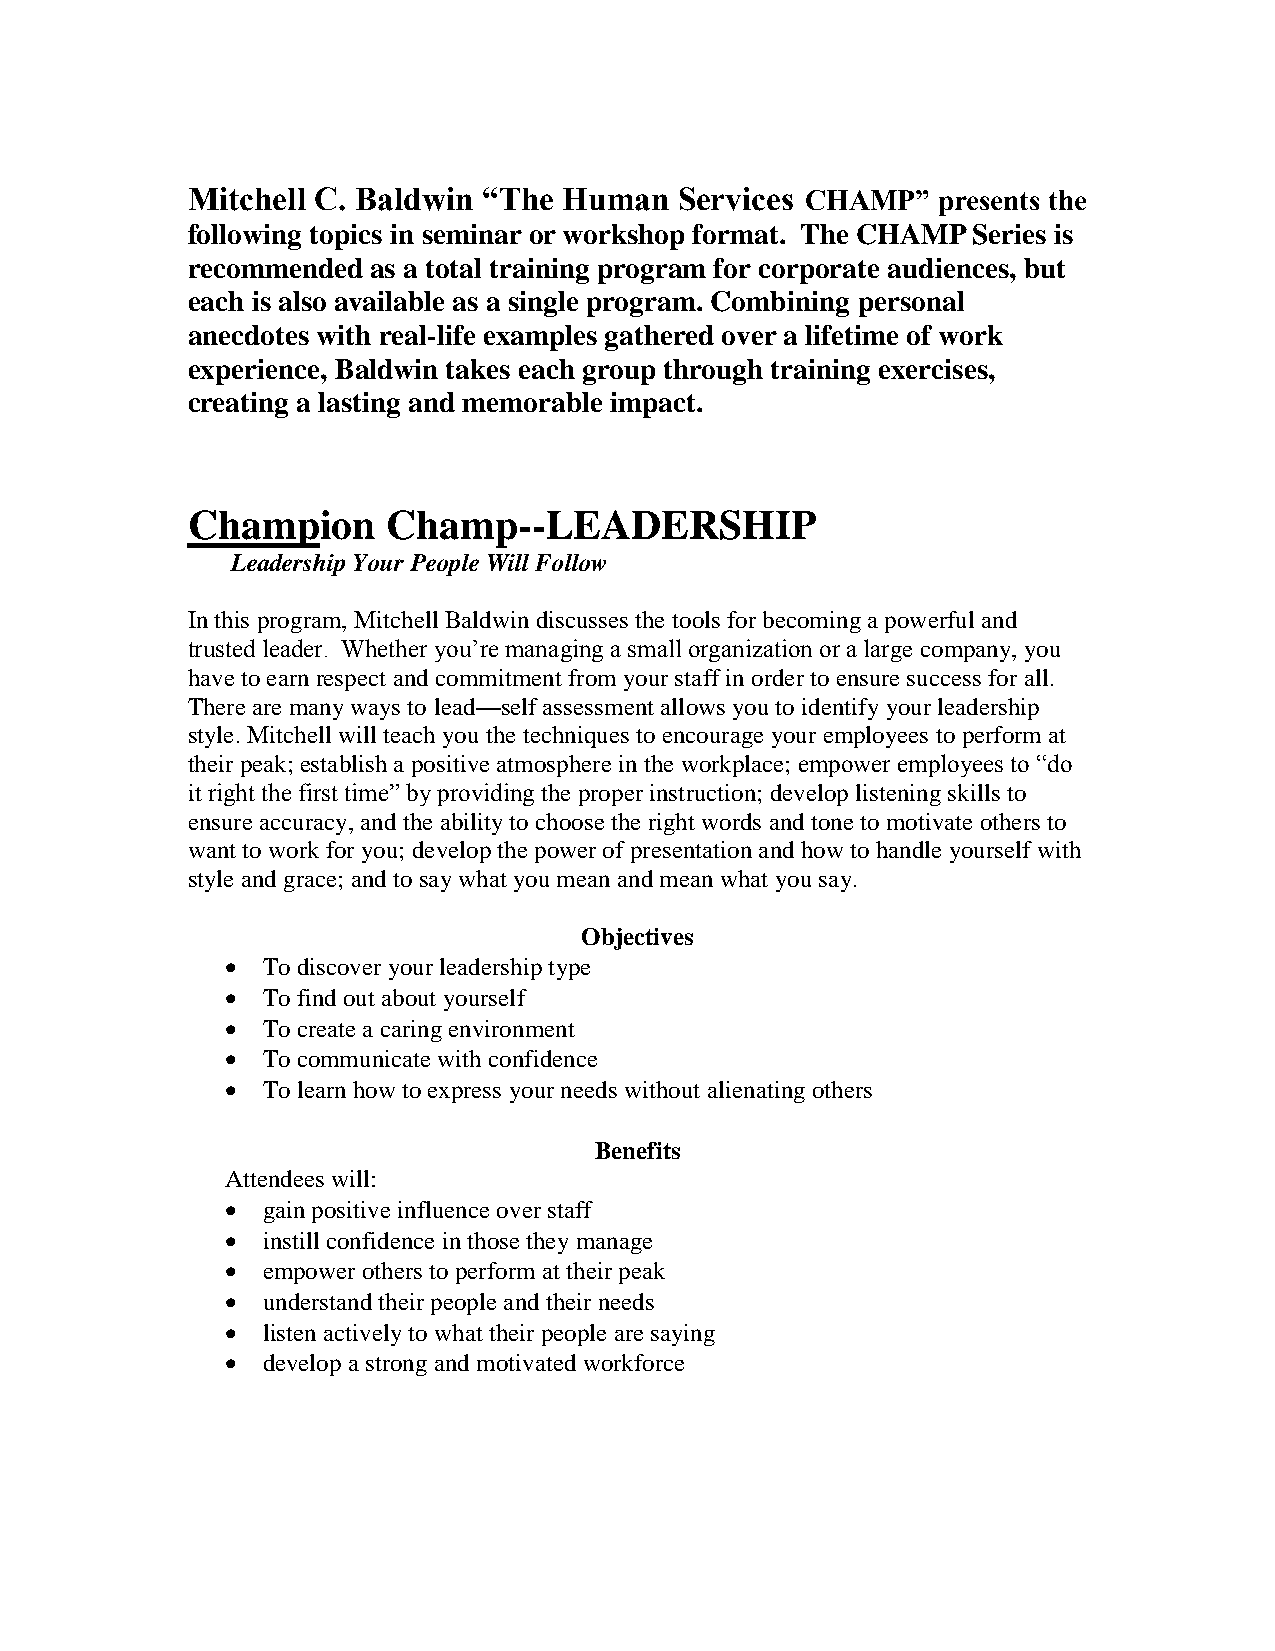
Mitchell C. Baldwin “The Human   Services CHAMP”  presents the
 following topics in seminar or workshop format. The CHAMP Series is
 recommended  as a total training program for corporate audiences, but
 each is also available as a single program. Combining personal
 anecdotes with real-life examples gathered over a lifetime of work
 experience, Baldwin takes each group through training exercises,
 creating a lasting and memorable impact.
 Champion      Champ--LEADERSHIP
 Leadership Your People Will Follow
 In this program, Mitchell Baldwin discusses the tools for becoming a powerful and
 trusted leader. Whether you’re managing a small organization or a large company, you
 have to earn respect and commitment from your staff in order to ensure success for all.
 There are many ways to lead—self assessment allows you to identify your leadership
 style. Mitchell will teach you the techniques to encourage your employees to perform at
 their peak; establish a positive atmosphere in the workplace; empower employees to “do
 it right the first time” by providing the proper instruction; develop listening skills to
 ensure accuracy, and the ability to choose the right words and tone to motivate others to
 want to work for you; develop the power of presentation and how to handle yourself with
 style and grace; and to say what you mean and mean what you say.
 Objectives
  To discover your leadership type
  To find out about yourself
  To create a caring environment
  To communicate with confidence
  To learn how to express your needs without alienating others
 Benefits
 Attendees will:
  gain positive influence over staff
  instill confidence in those they manage
  empower others to perform at their peak
  understand their people and their needs
  listen actively to what their people are saying
  develop a strong and motivated workforce